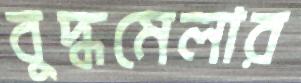
বুদ্ধমেলার